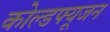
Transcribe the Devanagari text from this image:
कोल्डफ्यूजन